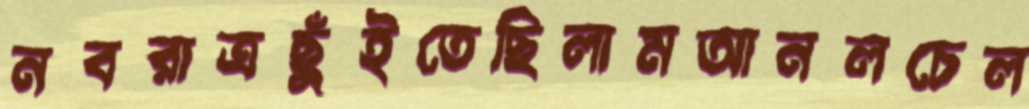
নবরাত্রছুঁইতেছিলামআনলচেল